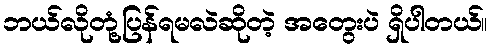
ဘယ်လိုတုံ့ပြန်ရမလဲဆိုတဲ့ အတွေးပဲ ရှိပါတယ်။